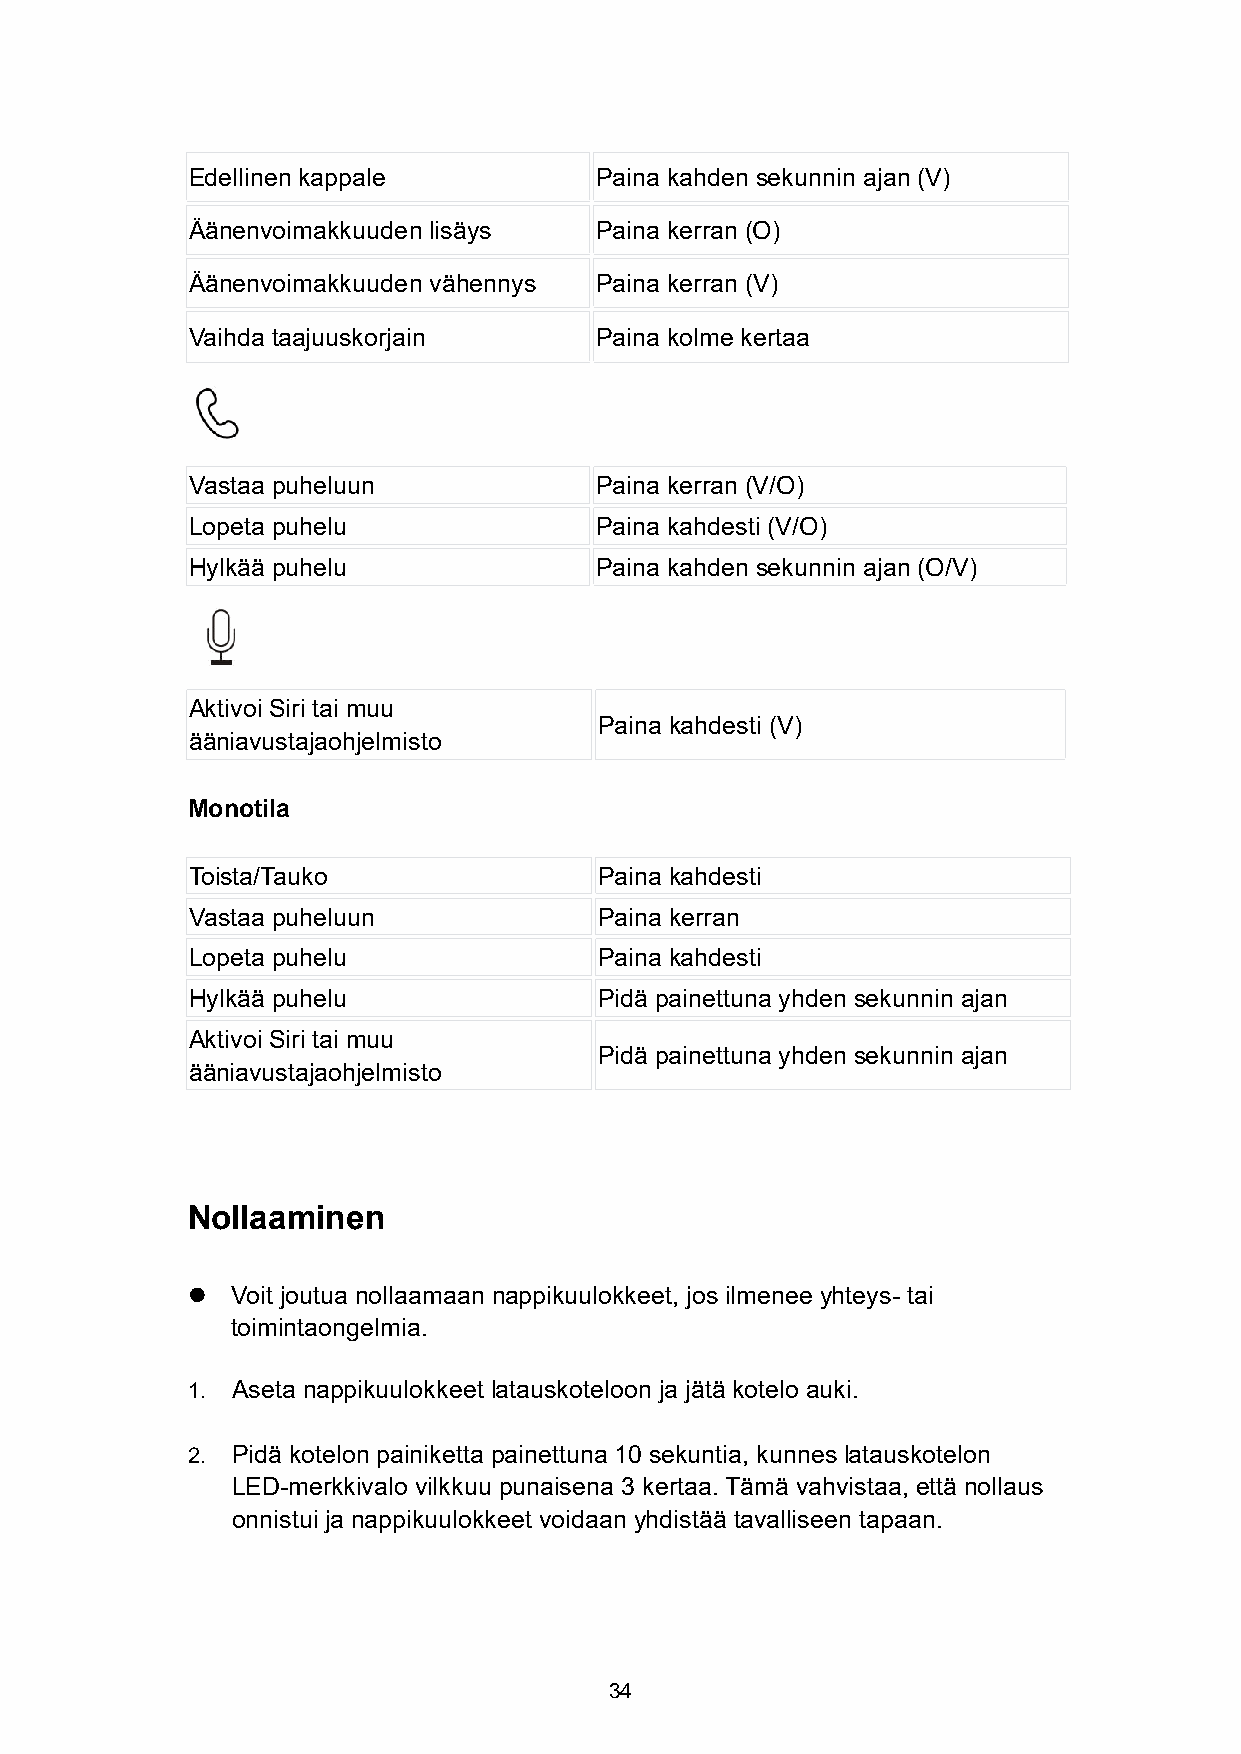
Edellinen kappale          Paina kahden sekunnin ajan (V)
 Äänenvoimakkuuden lisäys   Paina kerran (O)
 Äänenvoimakkuuden vähennys Paina kerran (V)
 Vaihda taajuuskorjain      Paina kolme kertaa
 Vastaa puheluun            Paina kerran (V/O)
 Lopeta puhelu              Paina kahdesti (V/O)
 Hylkää puhelu              Paina kahden sekunnin ajan (O/V)
 Aktivoi Siri tai muu
 Paina kahdesti (V)
 ääniavustajaohjelmisto
 Monotila
 Toista/Tauko                Paina kahdesti
 Vastaa puheluun             Paina kerran
 Lopeta puhelu               Paina kahdesti
 Hylkää puhelu               Pidä painettuna yhden sekunnin ajan
 Aktivoi Siri tai muu
 Pidä painettuna yhden sekunnin ajan
 ääniavustajaohjelmisto
 Nollaaminen
   Voit joutua nollaamaan nappikuulokkeet, jos ilmenee yhteys- tai
 toimintaongelmia.
 1. Aseta nappikuulokkeet latauskoteloon ja jätä kotelo auki.
 2. Pidä kotelon painiketta painettuna 10 sekuntia, kunnes latauskotelon
 LED-merkkivalo vilkkuu punaisena 3 kertaa. Tämä vahvistaa, että nollaus
 onnistui ja nappikuulokkeet voidaan yhdistää tavalliseen tapaan.
 34